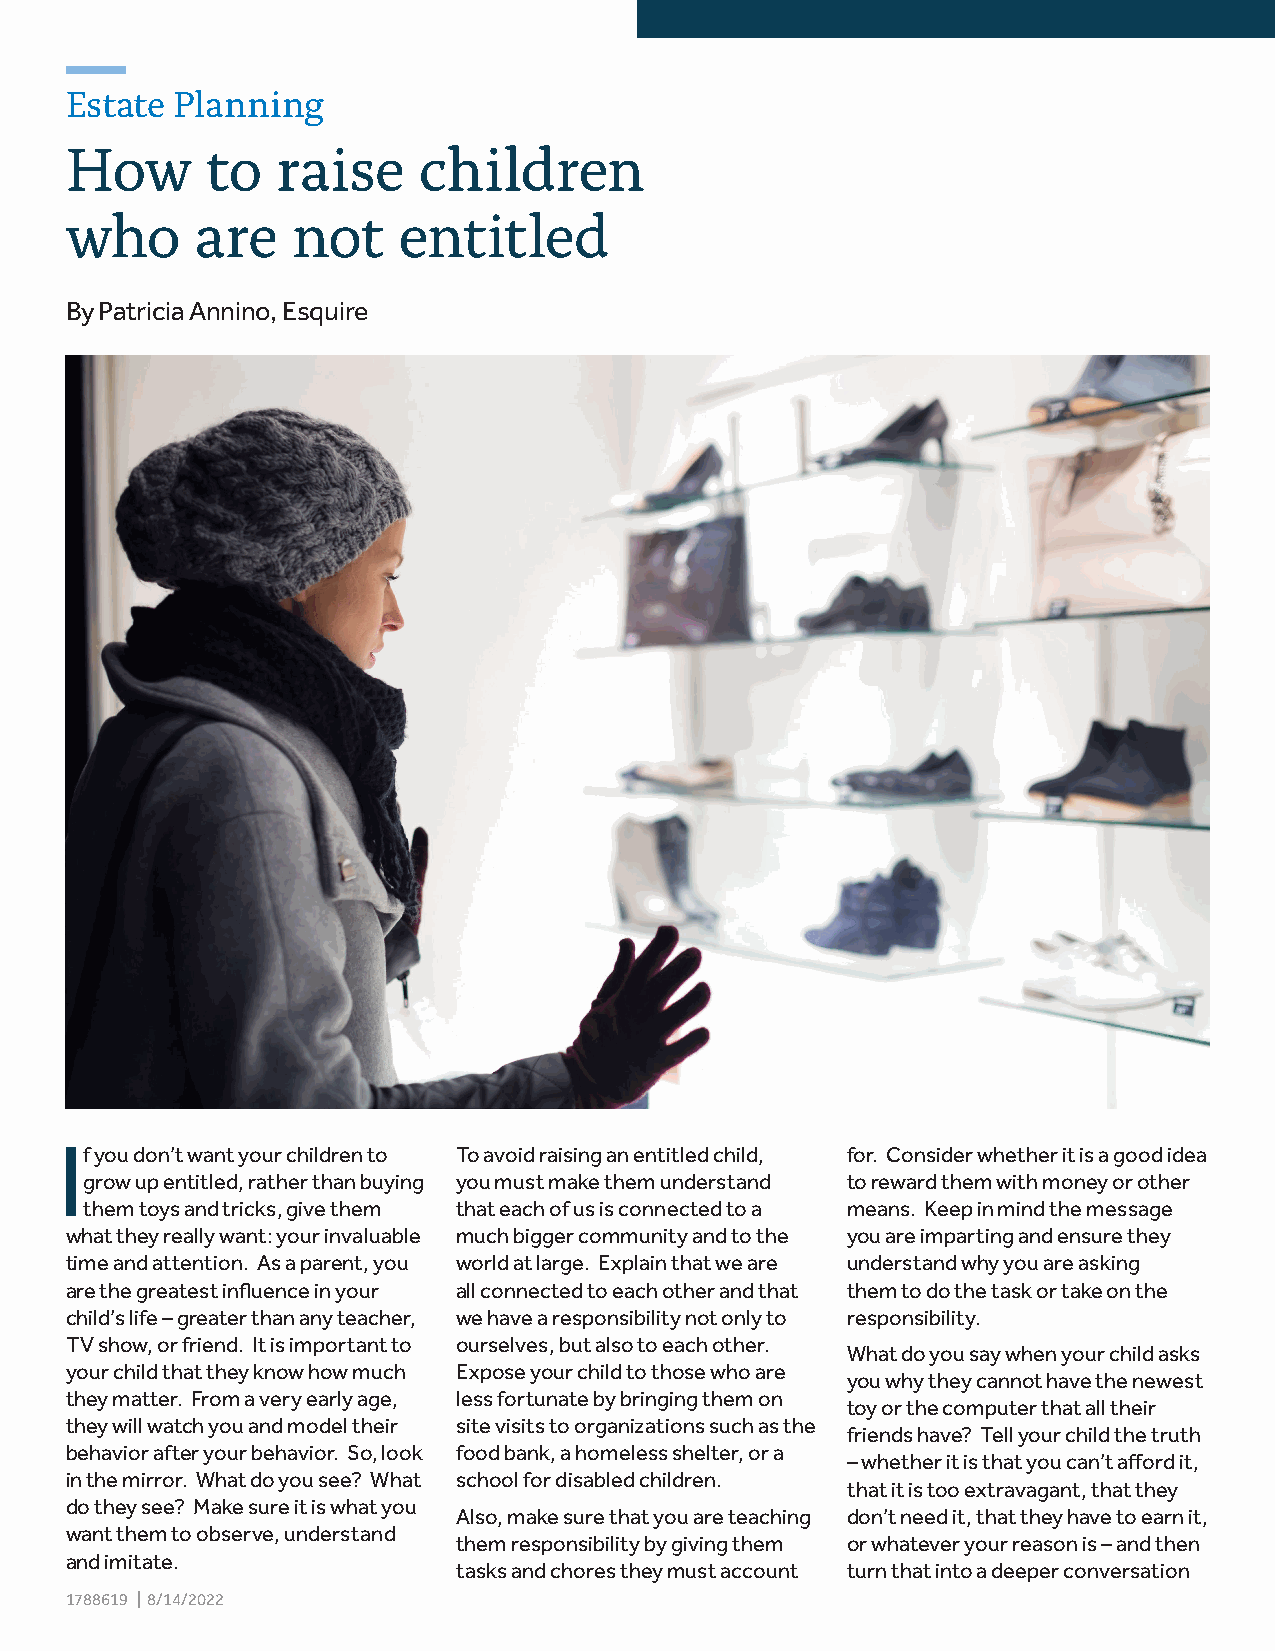
Estate  Planning
 How       to  raise     children
 who      are   not    entitled
 By Patricia Annino, Esquire
 I
 f you don’t want your children to To avoid raising an entitled child, for. Consider whether it is a good idea
 grow up entitled, rather than buying you must make them understand to reward them with money or other
 them toys and tricks, give them that each of us is connected to a means. Keep in mind the message
 what they really want: your invaluable much bigger community and to the you are imparting and ensure they
 time and attention. As a parent, you world at large. Explain that we are understand why you are asking
 are the greatest influence in your all connected to each other and that them to do the task or take on the
 child’s life – greater than any teacher, we have a responsibility not only to responsibility.
 TV show, or friend. It is important to ourselves, but also to each other.
 What do you say when your child asks
 your child that they know how much Expose your child to those who are
 you why they cannot have the newest
 they matter. From a very early age, less fortunate by bringing them on
 toy or the computer that all their
 they will watch you and model their site visits to organizations such as the
 friends have? Tell your child the truth
 behavior after your behavior. So, look food bank, a homeless shelter, or a
 – whether it is that you can’t afford it,
 in the mirror. What do you see? What school for disabled children.
 that it is too extravagant, that they
 do they see? Make sure it is what you
 Also, make sure that you are teaching don’t need it, that they have to earn it,
 want them to observe, understand
 them responsibility by giving them or whatever your reason is – and then
 and imitate.
 tasks and chores they must account turn that into a deeper conversation
 1788619 | 8/14/2022